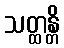
သတ္ထန္တိ